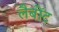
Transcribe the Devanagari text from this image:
लैबोंट